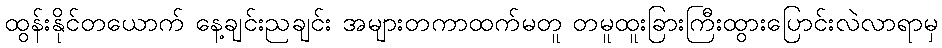
ထွန်းနိုင်တယောက် နေ့ချင်းညချင်း အများတကာထက်မတူ တမူထူးခြားကြီးထွားပြောင်းလဲလာရာမှ